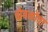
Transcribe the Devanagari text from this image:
बोबकोवा